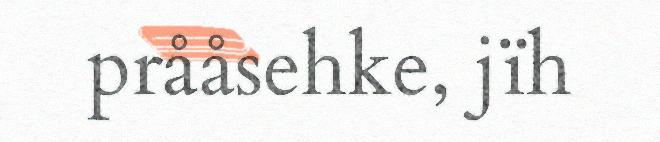
prååsehke, jïh